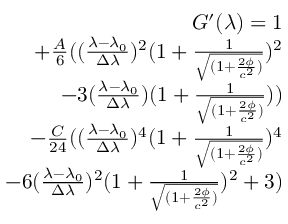
\begin{array} { r } { G ^ { \prime } ( \lambda ) = 1 } \\ { + \frac { A } { 6 } ( ( \frac { \lambda - \lambda _ { 0 } } { \Delta \lambda } ) ^ { 2 } ( 1 + \frac { 1 } { \sqrt { ( 1 + \frac { 2 \phi } { c ^ { 2 } } ) } } ) ^ { 2 } } \\ { - 3 ( \frac { \lambda - \lambda _ { 0 } } { \Delta \lambda } ) ( 1 + \frac { 1 } { \sqrt { ( 1 + \frac { 2 \phi } { c ^ { 2 } } ) } } ) ) } \\ { - \frac { C } { 2 4 } ( ( \frac { \lambda - \lambda _ { 0 } } { \Delta \lambda } ) ^ { 4 } ( 1 + \frac { 1 } { \sqrt { ( 1 + \frac { 2 \phi } { c ^ { 2 } } ) } } ) ^ { 4 } } \\ { - 6 ( \frac { \lambda - \lambda _ { 0 } } { \Delta \lambda } ) ^ { 2 } ( 1 + \frac { 1 } { \sqrt { ( 1 + \frac { 2 \phi } { c ^ { 2 } } ) } } ) ^ { 2 } + 3 ) } \end{array}